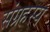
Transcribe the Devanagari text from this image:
संग्रहस्य